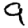
Digit: 9